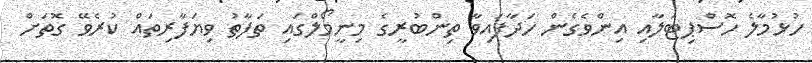
ހުޅުމާލެ ހޮސްޕިޓަލާއި އިންވެގެން ހަދާފައިވާ ތިންބުރީގެ މިނީމޯލްގައި ތަފާތު ވިޔަފާރިތައް ކުރެވޭ ގޮތަށް